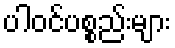
ပါဝင်ပစ္စည်းများ